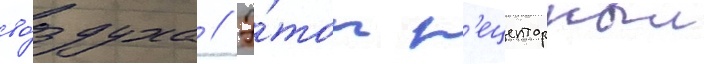
во́здуха // Э́тот р'ецепторныи